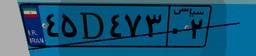
۴۵D۴۷۳۰۲